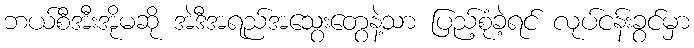
ဘယ်စီအီးအိုမဆို အဲဒီအရည်အသွေးတွေနဲ့သာ ပြည့်စုံခဲ့ရင် လုပ်ငန်းခွင်မှာ